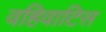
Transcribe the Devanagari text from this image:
वहिवाटिस